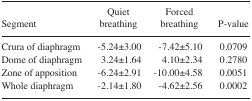
| Segment | Quiet breathing | Forced breathing | P-value |
 | --- | --- | --- | --- |
 | Crura of diaphragm | −5.24±3.00 | −7.42±5.10 | 0.0709 |
 | Dome of diaphragm | 3.24±1.64 | 4.10±2.34 | 0.2780 |
 | Zone of apposition | −6.24±2.91 | −10.00±4.58 | 0.0051 |
 | Whole diaphragm | −2.14±1.80 | −4.62±2.56 | 0.0002 |